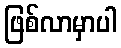
ဖြစ်လာမှာပါ